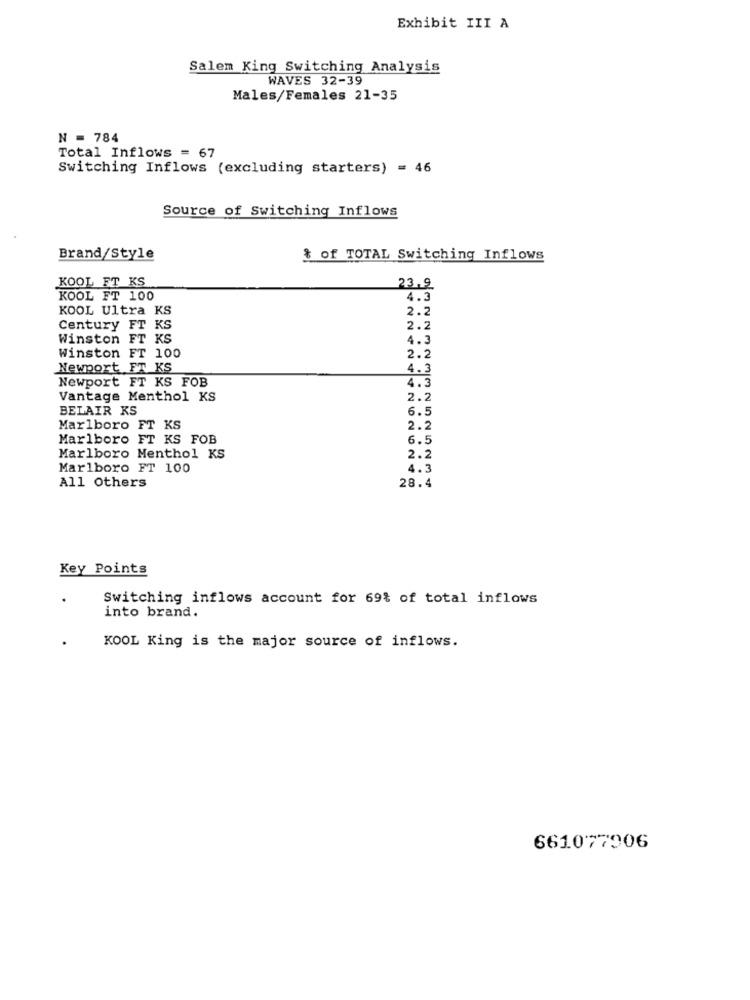
Exhibit III A
Salem King Switching Analysis
WAVES 32-39
Males/Females 21-35
N = 784
Total Inflows = 67
Switching Inflows (excluding starters) = 46
Source of Switching Inflows
Brand/Style
& of TOTAL Switching Inflows
KOOL FT KS
23.9
KOOL FT 100
4.3
KOOL Ultra KS
2.2
Century FT KS
2.2
Winston FT KS
4.3
Winston FT 100
2.2
Newport FT KS
4.3
Newport FT KS FOB
4.5
Vantage Menthol KS
2.2
BELAIR KS
6.5
Marlboro FT KS
2.2
Marlboro FT KS FOB
6.5
Marlboro Menthol KS
2.2
Marlboro FT 100
4.3
All Others
28.4
Key Points
Switching inflows account for 69% of total inflows
into brand.
KOOL King is the major source of inflows.
661077906